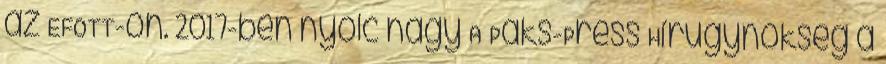
az EFOTT-on. 2017-ben nyolc nagy A Paks-Press Hírügynökség a